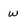
Character: w